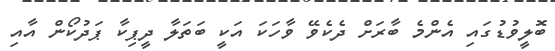
ބޮލީވުޑުގައި އެންމެ ބާރަށް ދެކެވޭ ވާހަކަ އަކީ ބަތަލާ ދީޕިކާ ޕަދުކޯން އާއި